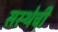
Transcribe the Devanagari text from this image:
सस्थेची